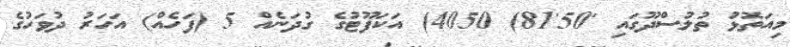
މިއަތޮޅު ތުލުސްދޫގައި '50'81) 4050) އަކަފޫޓުގެ ގުދަނެއް 5 (ފަހެއް) އަހަރު ދުވަހުގެ